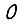
Digit: 0